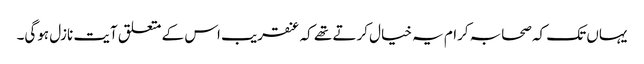
یہاں تک کہ صحابہ کرام یہ خیال کرتے تھے کہ عنقریب اس کے متعلق آیت نازل ہوگی۔